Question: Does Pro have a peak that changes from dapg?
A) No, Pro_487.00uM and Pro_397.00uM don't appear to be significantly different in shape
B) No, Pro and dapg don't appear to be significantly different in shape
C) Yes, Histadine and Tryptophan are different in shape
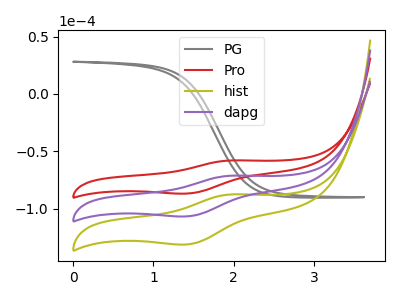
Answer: <think>The gray curve "PG" has no peaks. The red curve "Pro" has an anodic peak at (1.95V, -57.95uA) and a cathodic peak at (1.40V, -86.75uA). The olive curve "hist" has an anodic peak at (1.95V, -142.40uA) and a cathodic peak at (1.40V, -213.25uA). The purple curve "dapg" has an anodic peak at (1.95V, -71.20uA) and a cathodic peak at (1.40V, -106.60uA).
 All the peaks in "Pro" have a peak in "dapg" at the same potential.</think>
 <answer>B) No, "Pro" and "dapg" don't appear to be significantly different in shape</answer>
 <eval>B</eval>